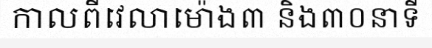
កាលពីវេលាម៉ោង៣ និង៣០នាទី